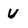
Character: u